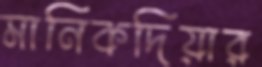
মানিকদিয়ার